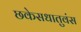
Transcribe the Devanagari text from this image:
छकेसधातुवंस